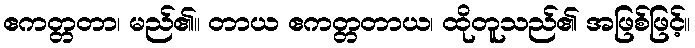
ဧကတ္တတာ၊ မည်၏။ တာယ ဧကတ္တတာယ၊ ထိုတူသည်၏ အဖြစ်ဖြင့်။